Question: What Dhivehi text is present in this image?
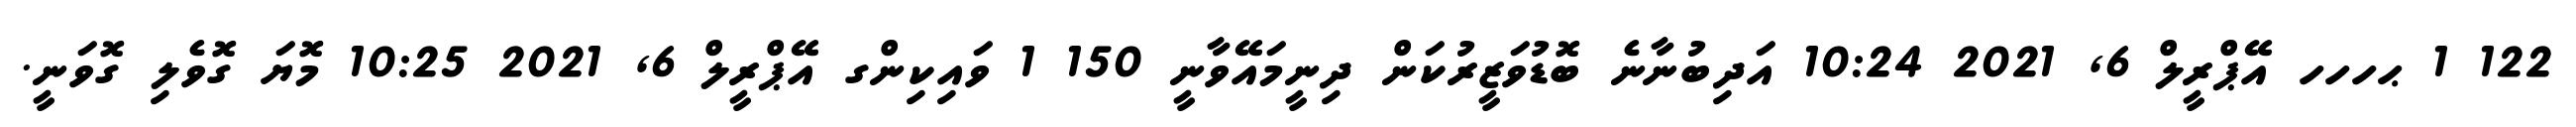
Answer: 122 1 ޙހހހ އޭޕްރީލް 6, 2021 10:24 އަދިބުނާނެ ބޮޑުވަޒީރުކަން ދިނީމައޭވާނީ 150 1 ވައިކިންގ އޭޕްރީލް 6, 2021 10:25 މޮޔަ ގޮވެލި ގޮވަނީ.